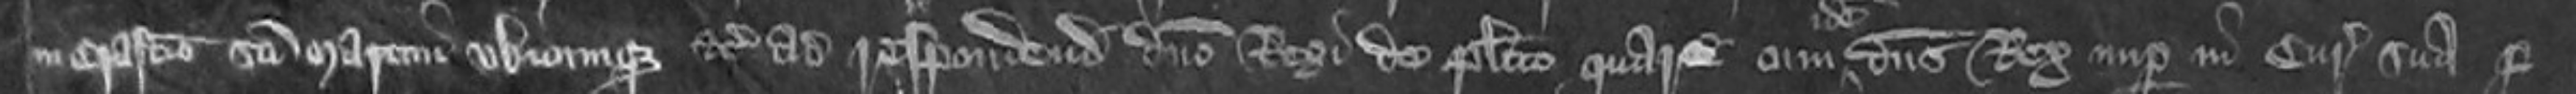
in Crastino Sancti Martini ubicumque etc ad respondendum domino Regi de placito quare cum dominus Rex nuper in Curia sua per